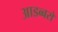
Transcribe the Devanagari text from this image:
आडब्बरों